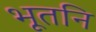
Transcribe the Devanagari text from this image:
भूतनि